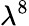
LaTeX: \lambda^{8}